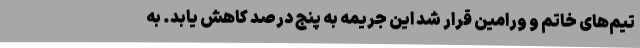
تیم‌های خاتم و ورامین قرار شد این جریمه به پنج درصد کاهش یابد. به